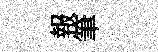
報筆